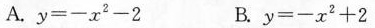
A.$$y = - x ^ { 2 } - 2$$ B.$$y = - x ^ { 2 } + 2$$